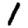
Digit: 1